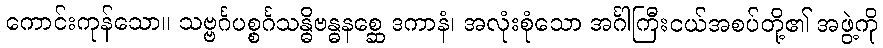
ကောင်းကုန်သော။ သဗ္ဗင်္ဂပစ္စင်္ဂသန္ဓိဗန္ဓနစ္ဆေ ဒကာနံ၊ အလုံးစုံသော အင်္ဂါကြီးငယ်အစပ်တို့၏ အဖွဲ့ကို